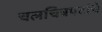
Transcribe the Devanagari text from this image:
चलचित्रपटांचे